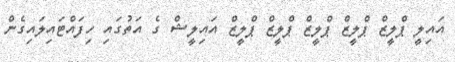
އައިލީ ޕްލީޒް ޕްލީޒް ޕްލީޒް ޕްލީޒް ޕްލީޒް އައިލީޝް ގެ އަތުގައި ހިފައްޓައިލައިގެން